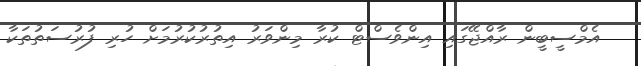
އެމްސީބީން ރާއްޖޭގައި އިންވެސްޓް ކުރާ މިންވަރު އިތުރުކުރުމަށް ހުރި ފުރުސަތުތަކާ